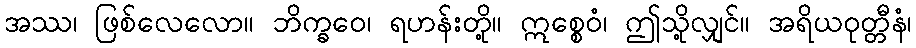
အဿ၊ ဖြစ်လေလော။ ဘိက္ခဝေ၊ ရဟန်းတို့။ ဣစ္စေဝံ၊ ဤသို့လျှင်။ အရိယဝုတ္တီနံ၊